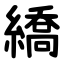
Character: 繑